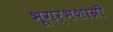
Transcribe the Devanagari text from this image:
भूगर्भशास्री